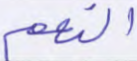
النعم